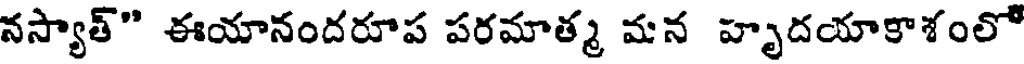
నస్యాత్" ఈయానందరూప పరమాత్మ మన హృదయాకాశంలో